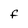
Character: F